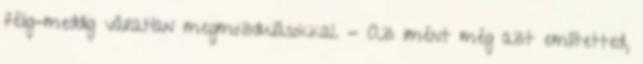
félig-meddig váratlan megmozdulásokkal. - Az imént még azt említetted,